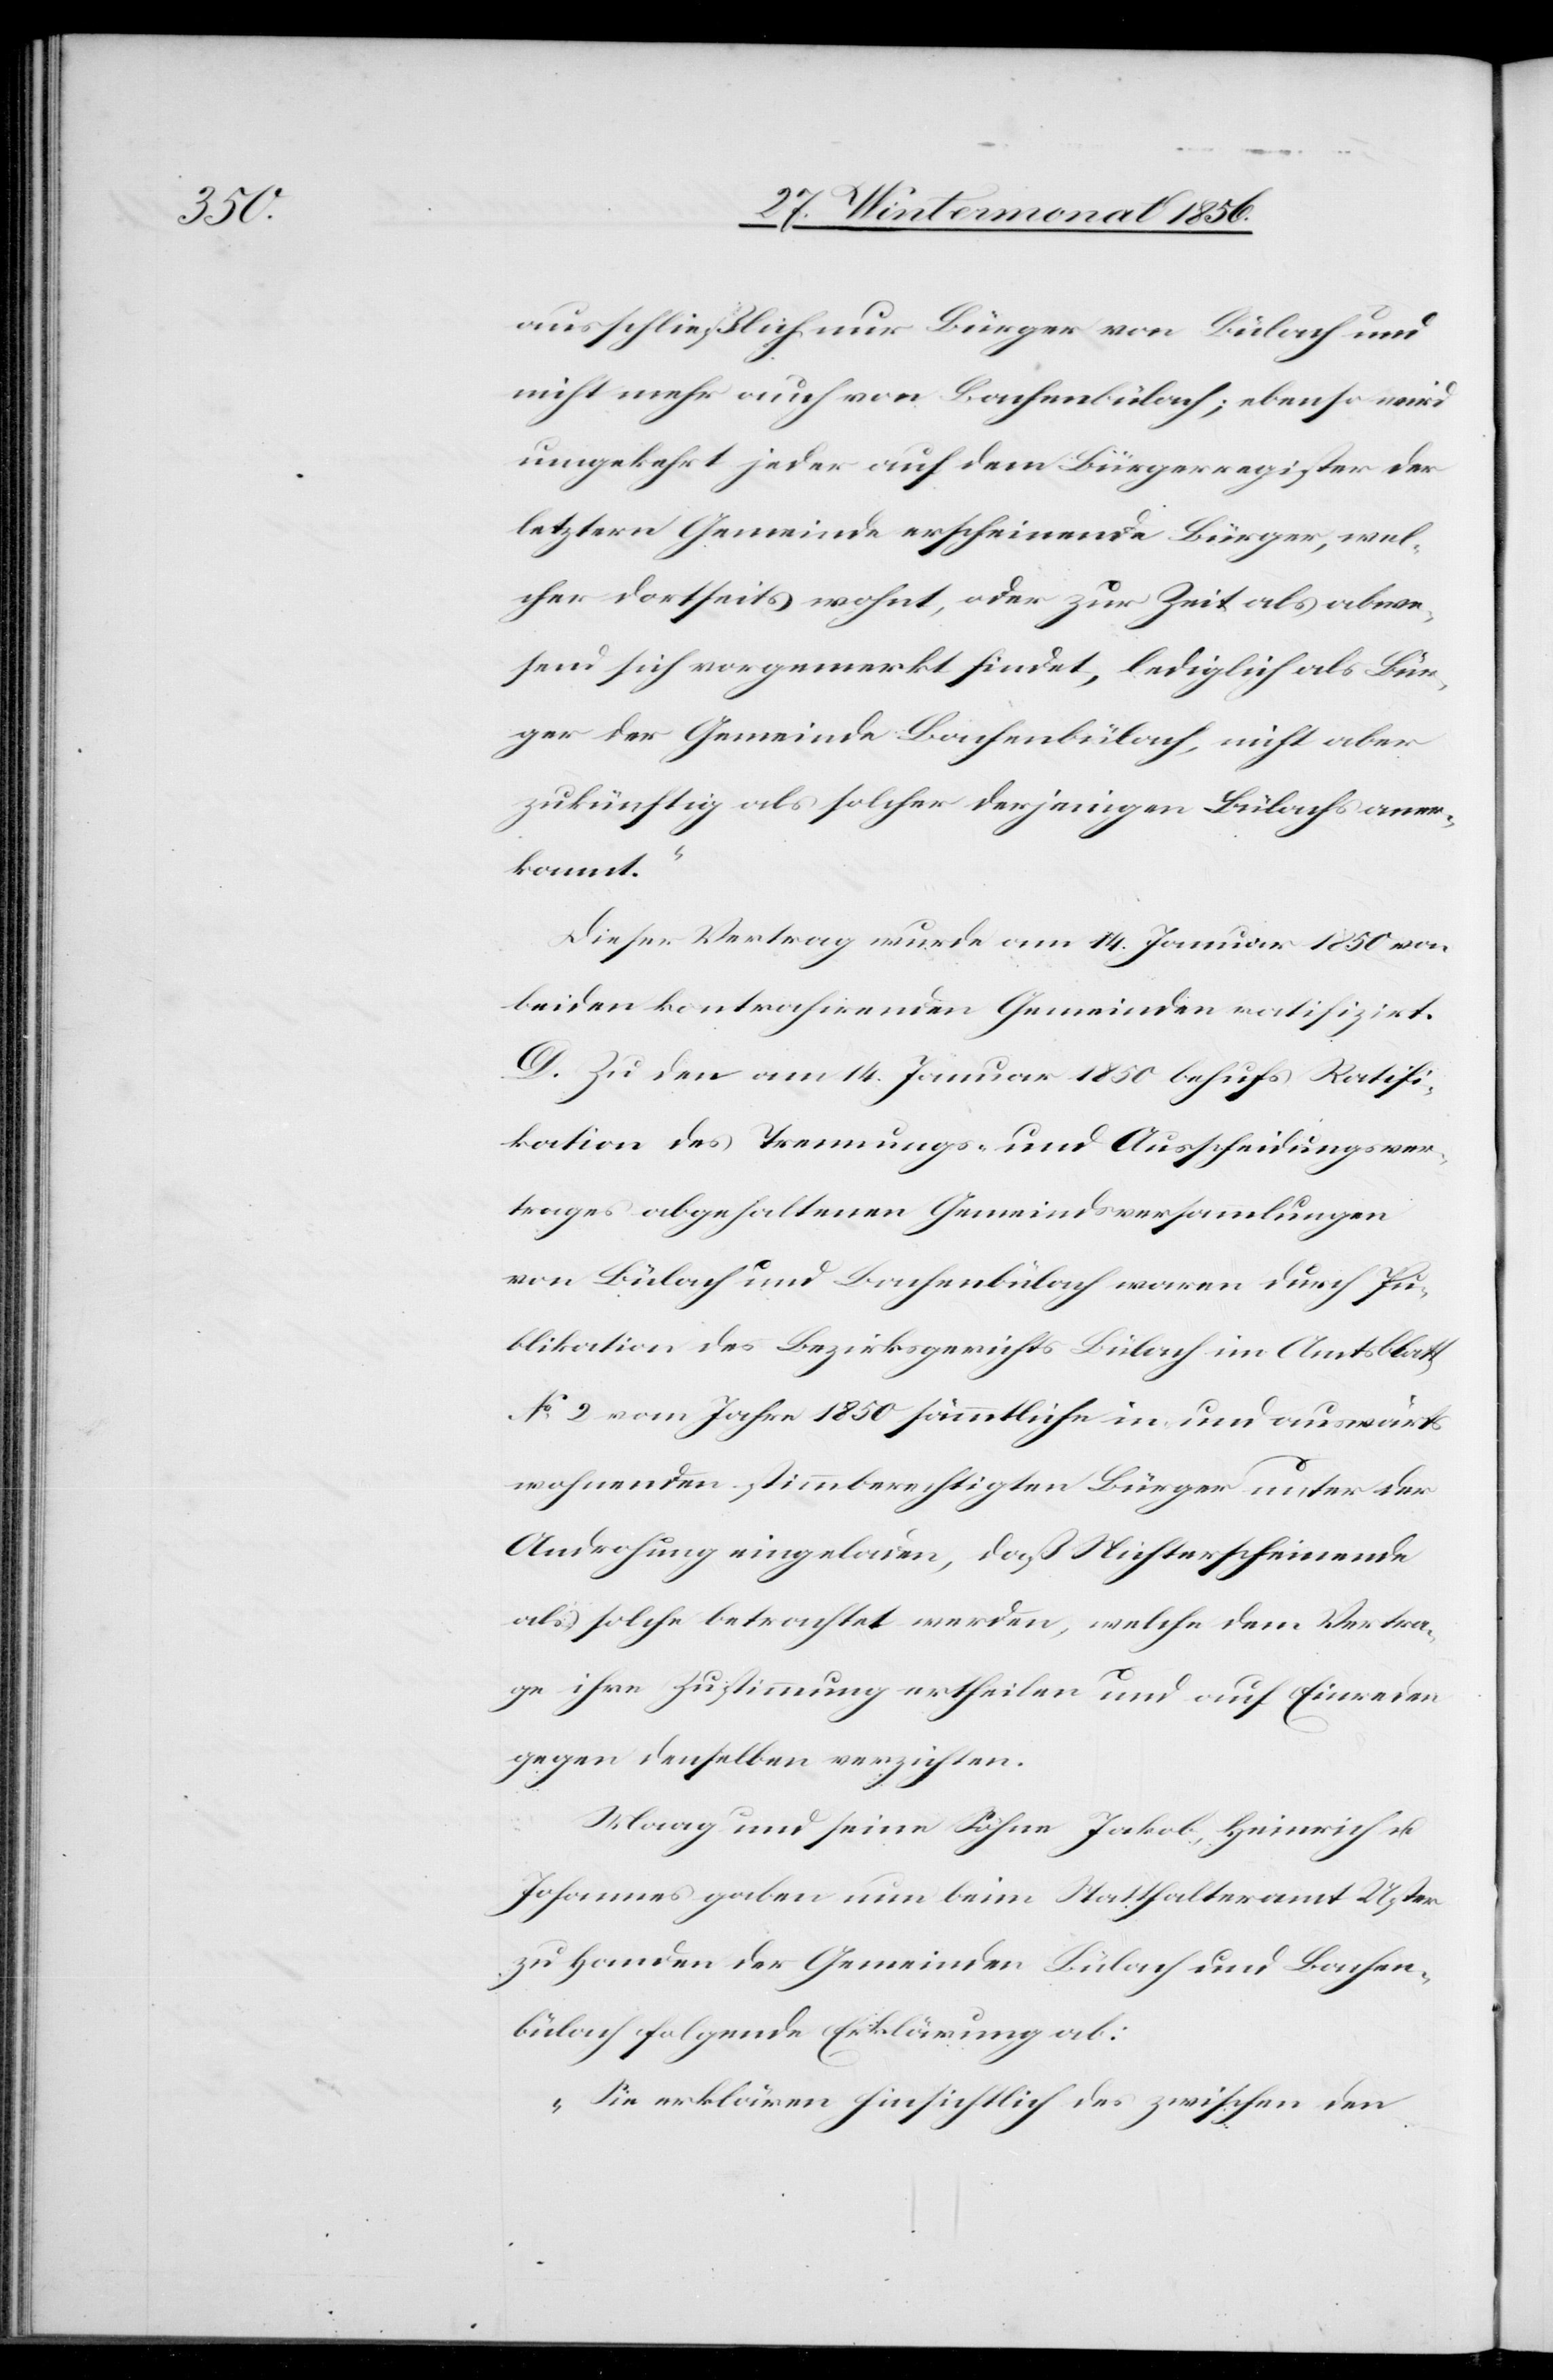
ausschließlich nur Bürger von Bülach und
nicht mehr auch von Bachenbülach; ebenso wird
umgekehrt jeder auf dem Bürgerregister der
letztern Gemeinde erscheinende Bürger, wel¬
cher dortseits wohnt, oder zur Zeit als abwe¬
send sich vorgemerkt findet, lediglich als Bür¬
ger der Gemeinde Bachenbülach, nicht aber
zukünftig als solcher derjenigen Bülachs aner¬
kannt.“
Dieser Vertrag wurde am 14. Januar 1850 von
beiden kontrahirenden Gemeinden ratifizirt.
D. Zu den am 14. Januar 1850 behufs Ratifi¬
kation des Trennungs- und Ausscheidungsver¬
trages abgehaltenen Gemeindsversammlungen
von Bülach und Bachenbülach waren durch Pu¬
blikation des Bezirksgerichts Bülach im Amtsblatt
No 2 vom Jahre 1850 sämmtliche in- und auswärts
wohnenden stimmberechtigten Bürger unter der
Androhung eingeladen, daß Nichterscheinende
als solche betrachtet werden, welche dem Vertra¬
ge ihre Zustimmung ertheilen und auf Einreden
gegen denselben verzichten.
Maag und seine Söhne Jakob, Heinrich u.
Johannes gaben nun beim Statthalteramt Uster
zu Handen der Gemeinden Bülach und Bachen¬
bülach folgende Erklärung ab:
„Sie erklären hinsichtlich des zwischen den